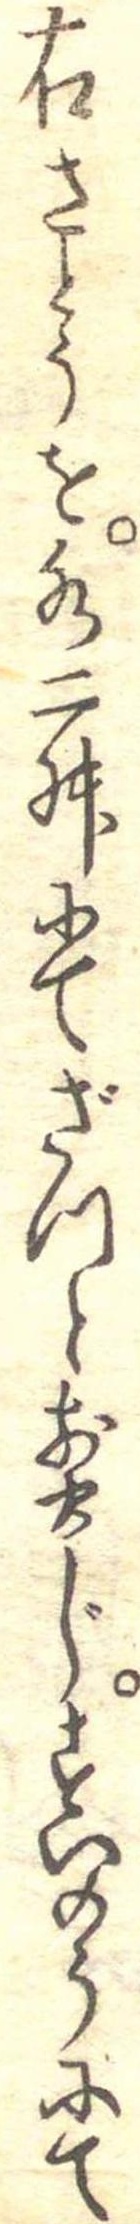
右さとうを水二舛にてざつと煎じすいのうにて